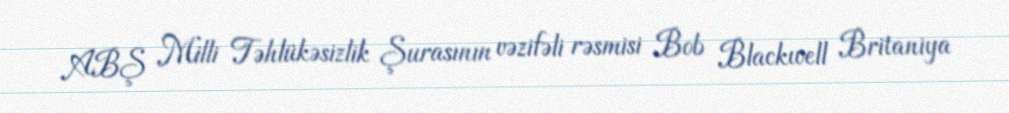
ABŞ Milli Təhlükəsizlik Şurasının vəzifəli rəsmisi Bob Blackwell Britaniya